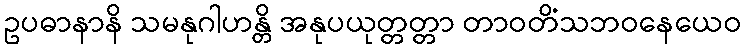
ဥပဓာနာနိ သမနုဂါဟန္တိ အနုပယုတ္တတ္တာ တာဝတိံသဘဝနေယေဝ